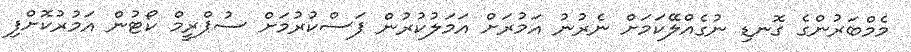
މެމްބަރުންގެ ގޮނޑި ނުގެއްލޭކަމަށް ނެރުނު އަމުރަށް އަމަލުކުރުން ފަސްކުރުމަށް ސުޕްރީމް ކޯޓުން އަމުރުކޮށްފި